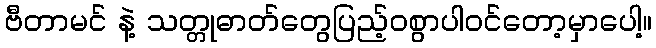
ဗီတာမင် နဲ့ သတ္တုဓာတ်တွေပြည့်ဝစွာပါဝင်တော့မှာပေါ့။